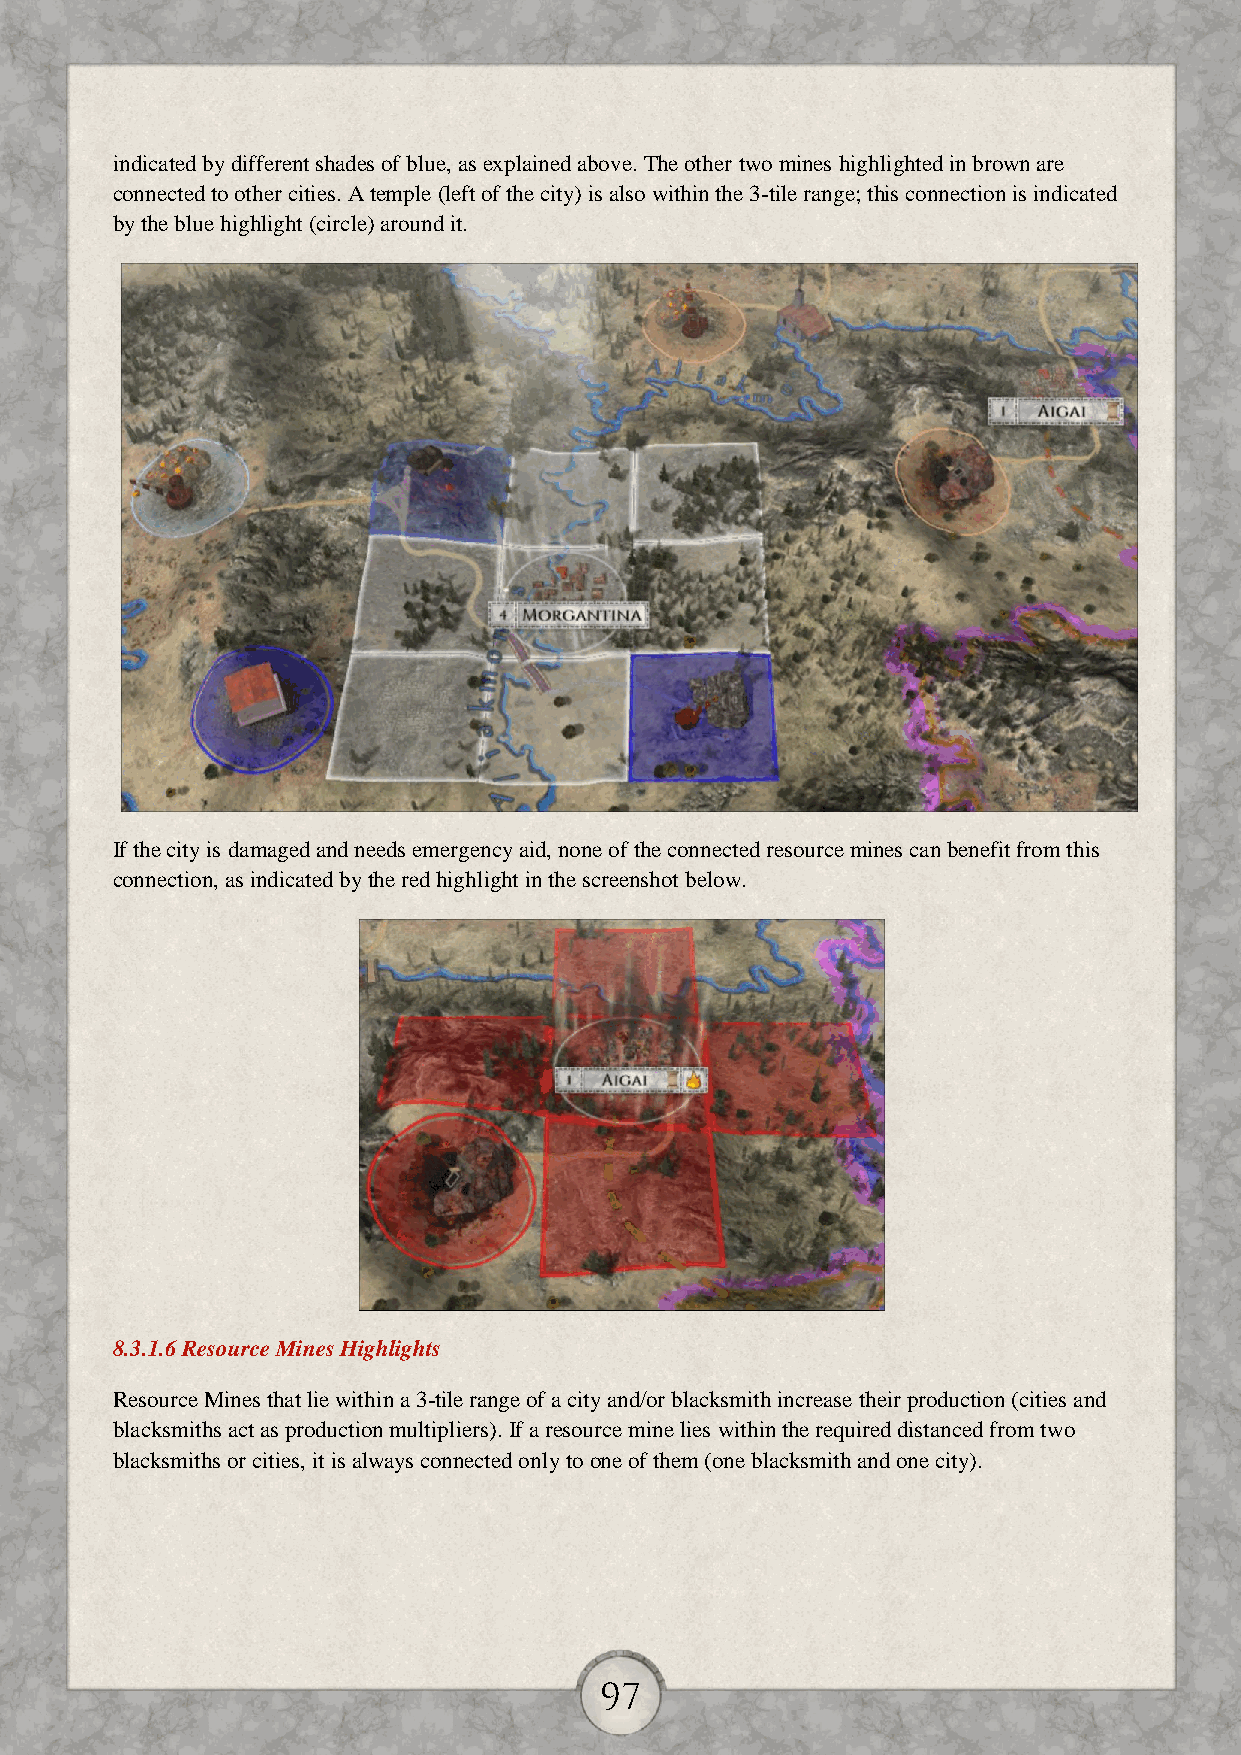
indicated by different shades of blue, as explained above. The other two mines highlighted in brown are
 connected to other cities. A temple (left of the city) is also within the 3-tile range; this connection is indicated
 by the blue highlight (circle) around it.
 If the city is damaged and needs emergency aid, none of the connected resource mines can benefit from this
 connection, as indicated by the red highlight in the screenshot below.
 8.3.1.6 Resource Mines Highlights
 Resource Mines that lie within a 3-tile range of a city and/or blacksmith increase their production (cities and
 blacksmiths act as production multipliers). If a resource mine lies within the required distanced from two
 blacksmiths or cities, it is always connected only to one of them (one blacksmith and one city).
 97